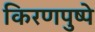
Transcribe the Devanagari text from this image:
किरणपुष्पे